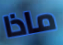
ماذا